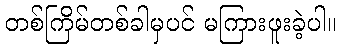
တစ်ကြိမ်တစ်ခါမှပင် မကြားဖူးခဲ့ပါ။